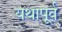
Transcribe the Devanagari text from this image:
यथापू्र्व